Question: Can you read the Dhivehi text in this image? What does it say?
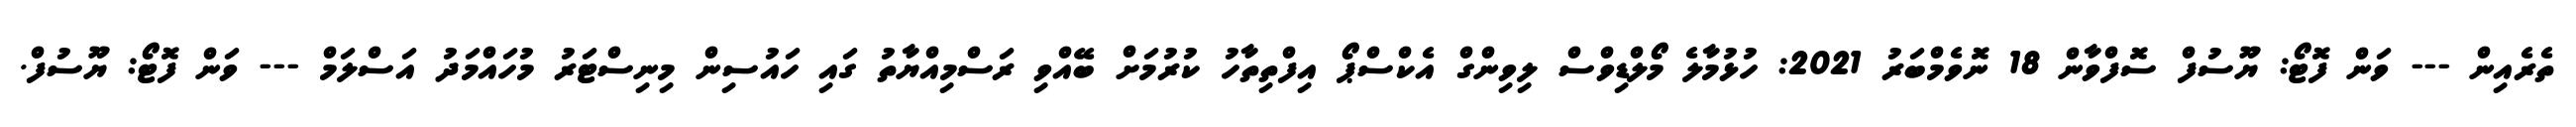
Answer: ތެރެއިން --- ވަން ފޮޓޯ: ޔޫސުފް ސޮފްވާން 18 ނޮވެމްބަރު 2021: ހުޅުމާލެ މޯލްޑިވްސް ލިވިންގް އެކްސްޕޯ އިފްތިތާހު ކުރުމަށް ބޭއްވި ރަސްމިއްޔާތު ގައި ހައުސިން މިނިސްޓަރު މުހައްމަދު އަސްލަމް --- ވަން ފޮޓޯ: ޔޫސުފް.